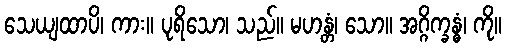
သေယျထာပိ၊ ကား။ ပုရိသော၊ သည်။ မဟန္တံ၊ သော။ အဂ္ဂိက္ခန္ဓံ၊ ကို။